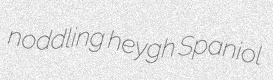
noddling heygh Spaniol